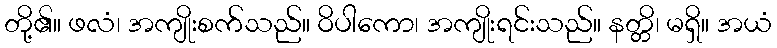
တို့၏။ ဖလံ၊ အကျိုးစက်သည်။ ဝိပါကော၊ အကျိုးရင်းသည်။ နတ္တိ၊ မရှိ။ အယံ